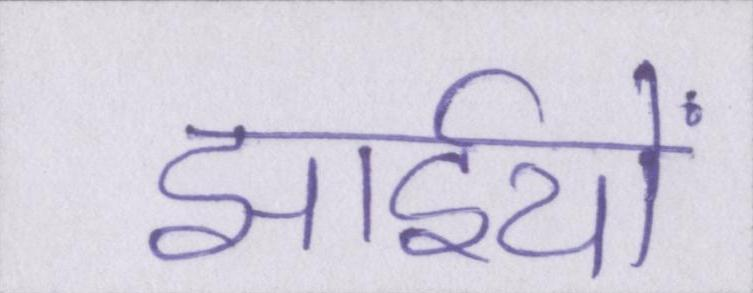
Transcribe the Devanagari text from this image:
झाईयों